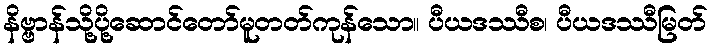
နိဗ္ဗာန်သို့ပို့ဆောင်တော်မူတတ်ကုန်သော။ ပီယဒဿီစ၊ ပီယဒဿီမြတ်